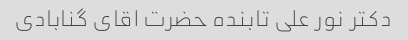
دکتر نور علی تابنده حضرت اقای گنابادی